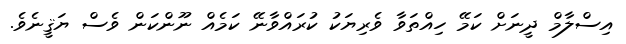
އިސްލާމް ދީނަށް ކަމޭ ހިއްތަވާ ވެރިޔަކު ކުރައްވާނޭ ކަމެއް ނޫންކަން ވެސް ޔަޤީނެވެ.